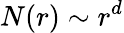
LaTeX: N(r)\sim r^{d}